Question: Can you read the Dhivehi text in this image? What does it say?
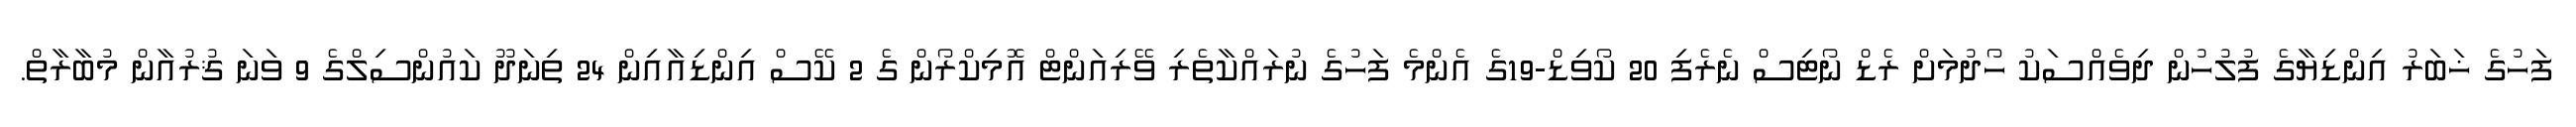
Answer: ފަހުގެ ޚަބަރު އިންޑިޔާގެ ފުލުހުން ދިވެއްސަކު ހޯދުމަށް ރެޑް ނޯޓިސް ނެރެފި 20 ކޯވިޑް-19ގެ އެންމެ ފަހުގެ ނުރައްކާތެރި ވޭރިއަންޓް އޮމިކްރޯން ގެ 2 ކޭސް އިންޑިއާއިން 24 ތިނަދޫ ކައުންސިލްގެ 9 ވަނަ ޤުރުއާން މުބާރާތް.